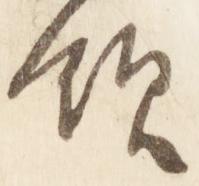
領